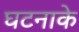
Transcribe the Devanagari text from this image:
घटनाके